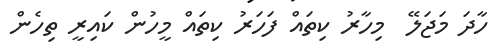
ހާދަ މަޖަލޭ  މިހާރު ކިތައް ފަހަރު ކިތައް މީހުން ކައިރީ ތިހެން